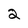
Character: 2